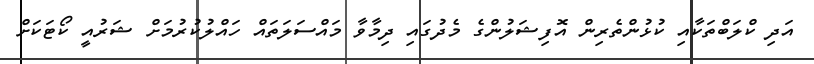
އަދި ކްލަބްތަކާއި ކުޅުންތެރިން އޮފިޝަލުންގެ މެދުގައި ދިމާވާ މައްސަލަތައް ހައްލުކުރުމަށް ޝަރުއީ ކޯޓަކަށް